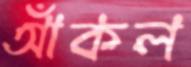
আঁকল